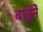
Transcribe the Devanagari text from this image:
बाईनें